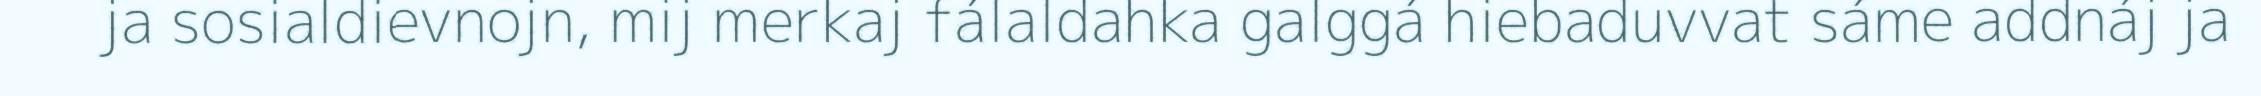
ja sosialdievnojn, mij merkaj fálaldahka galggá hiebaduvvat sáme addnáj ja